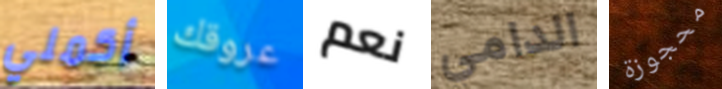
أكملي عروقك نعم الدامي محجوزة